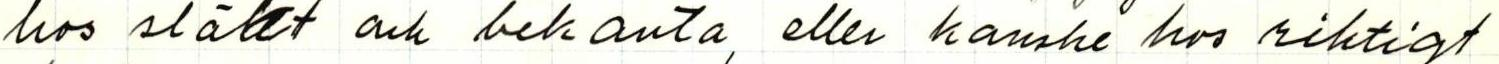
hos släkt ock bekanta, eller kanske hos riktigt